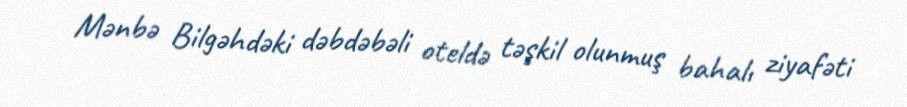
Mənbə Bilgəhdəki dəbdəbəli oteldə təşkil olunmuş bahalı ziyafəti